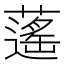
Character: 𦾾